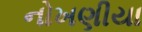
નોખણીયા